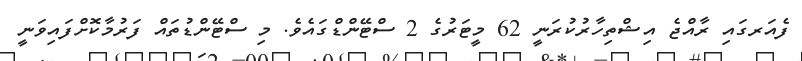
ފެއަރގައި ރާއްޖެ އިޝްތިހާރުކުރަނީ 62 މީޓަރުގެ 2 ސްޓޭންޑްގައެވެ. މި ސްޓޭންޑުތައް ފަރުމާކޮށްފައިވަނީ